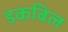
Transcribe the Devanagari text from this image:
डकबिल